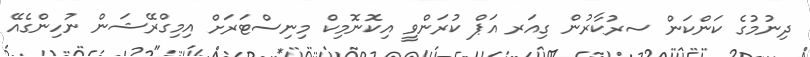
ދިނުމުގެ ކަންކަން ސރުކާރުން ގިއަރ އަޕް ކުރަންވީ އިކޮނޮމިކް މިނިސްޓަރަށް އިމިގްރޭޝަން ނުހިންގެއޭ